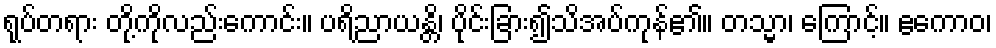
ရုပ်တရား တို့ကိုလည်းကောင်း။ ပရိညာယန္တိ၊ ပိုင်းခြား၍သိအပ်ကုန်၏။ တသ္မာ၊ ကြောင့်။ ဧကောဝ၊